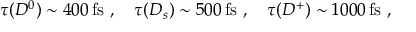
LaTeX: \tau ( D ^ { 0 } ) \sim 4 0 0 \, \mathrm { f s } ~ , \quad \tau ( D _ { s } ) \sim 5 0 0 \, \mathrm { f s } ~ , \quad \tau ( D ^ { + } ) \sim 1 0 0 0 \, \mathrm { f s } ~ ,